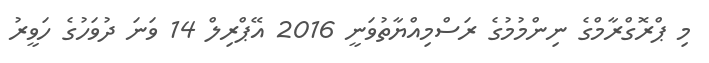
މި ޕްރޮގްރާމްގެ ނިންމުމުގެ ރަސްމިއްޔާތުވަނީ 2016 އޭޕްރިލް 14 ވަނަ ދުވަހުގެ ހަވީރު